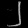
Digit: ၂